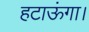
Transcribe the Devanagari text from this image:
हटाऊंगा।